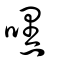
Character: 嘿